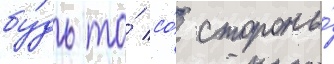
бу́дь то́ со́ стороны́